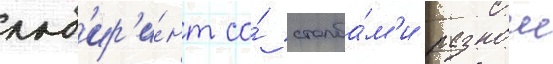
лаб'ир'и́нт со́ столба́м'и разнои